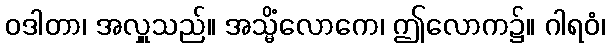
ဝဒါတာ၊ အလှူသည်။ အသ္မိံလောကေ၊ ဤလောက၌။ ဂါရဝံ၊